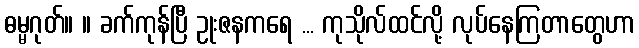
ဓမ္မဂုတ်။ ။ ခက်ကုန်ပြီ ဥုးဇနကရေ ... ကုသိုလ်ထင်လို့ လုပ်နေကြတာတွေဟာ